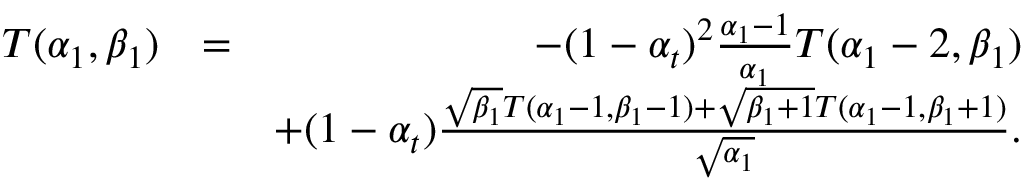
\begin{array} { r l r } { T ( \alpha _ { 1 } , \beta _ { 1 } ) } & { = } & { - ( 1 - \alpha _ { t } ) ^ { 2 } \frac { \alpha _ { 1 } - 1 } { \alpha _ { 1 } } T ( \alpha _ { 1 } - 2 , \beta _ { 1 } ) } \\ & { } & { + ( 1 - \alpha _ { t } ) \frac { \sqrt { \beta _ { 1 } } T ( \alpha _ { 1 } - 1 , \beta _ { 1 } - 1 ) + \sqrt { \beta _ { 1 } + 1 } T ( \alpha _ { 1 } - 1 , \beta _ { 1 } + 1 ) } { \sqrt { \alpha _ { 1 } } } . } \end{array}